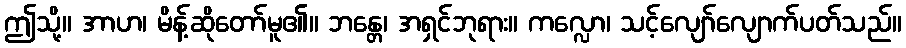
ဤသို့။ အာဟ၊ မိန့်ဆိုတော်မူ၏။ ဘန္တေ၊ အရှင်ဘုရား။ ကလ္လော၊ သင့်လျော်လျောက်ပတ်သည်။